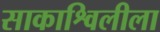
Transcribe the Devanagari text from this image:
साकाश्विलीला